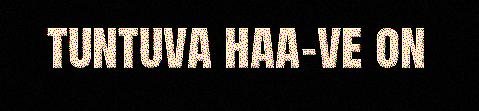
tuntuva haa-ve on